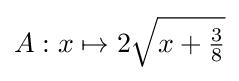
A:x\mapsto 2{\sqrt {x+{\tfrac {3}{8}}}}